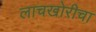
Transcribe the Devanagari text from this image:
लाचखोरीचा